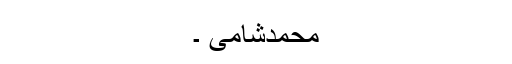
محمدشامی ۔